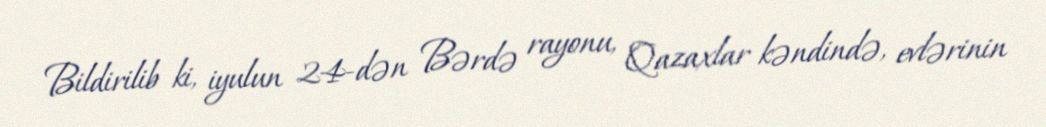
Bildirilib ki, iyulun 24-dən Bərdə rayonu, Qazaxlar kəndində, evlərinin